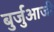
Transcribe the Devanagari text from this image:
बुर्जुआजी